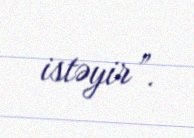
istəyir”.